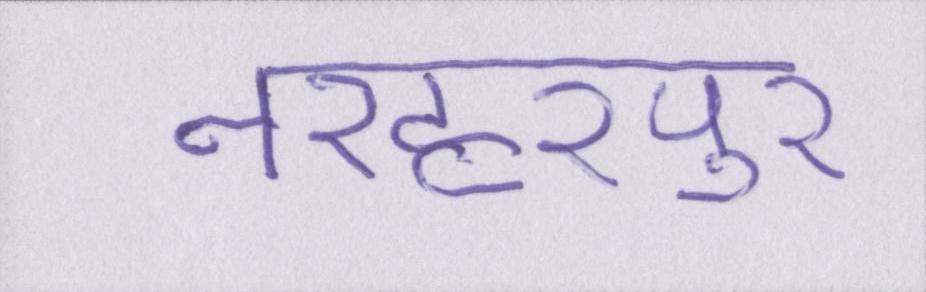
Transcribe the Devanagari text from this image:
नरहरपुर